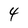
Character: 4